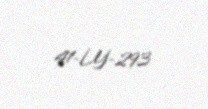
41-LY-293